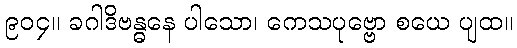
၉၀၄။ ခဂါဒိဗန္ဓနေ ပါသော၊ ကေသပုဗ္ဗော စယေ ပျထ။